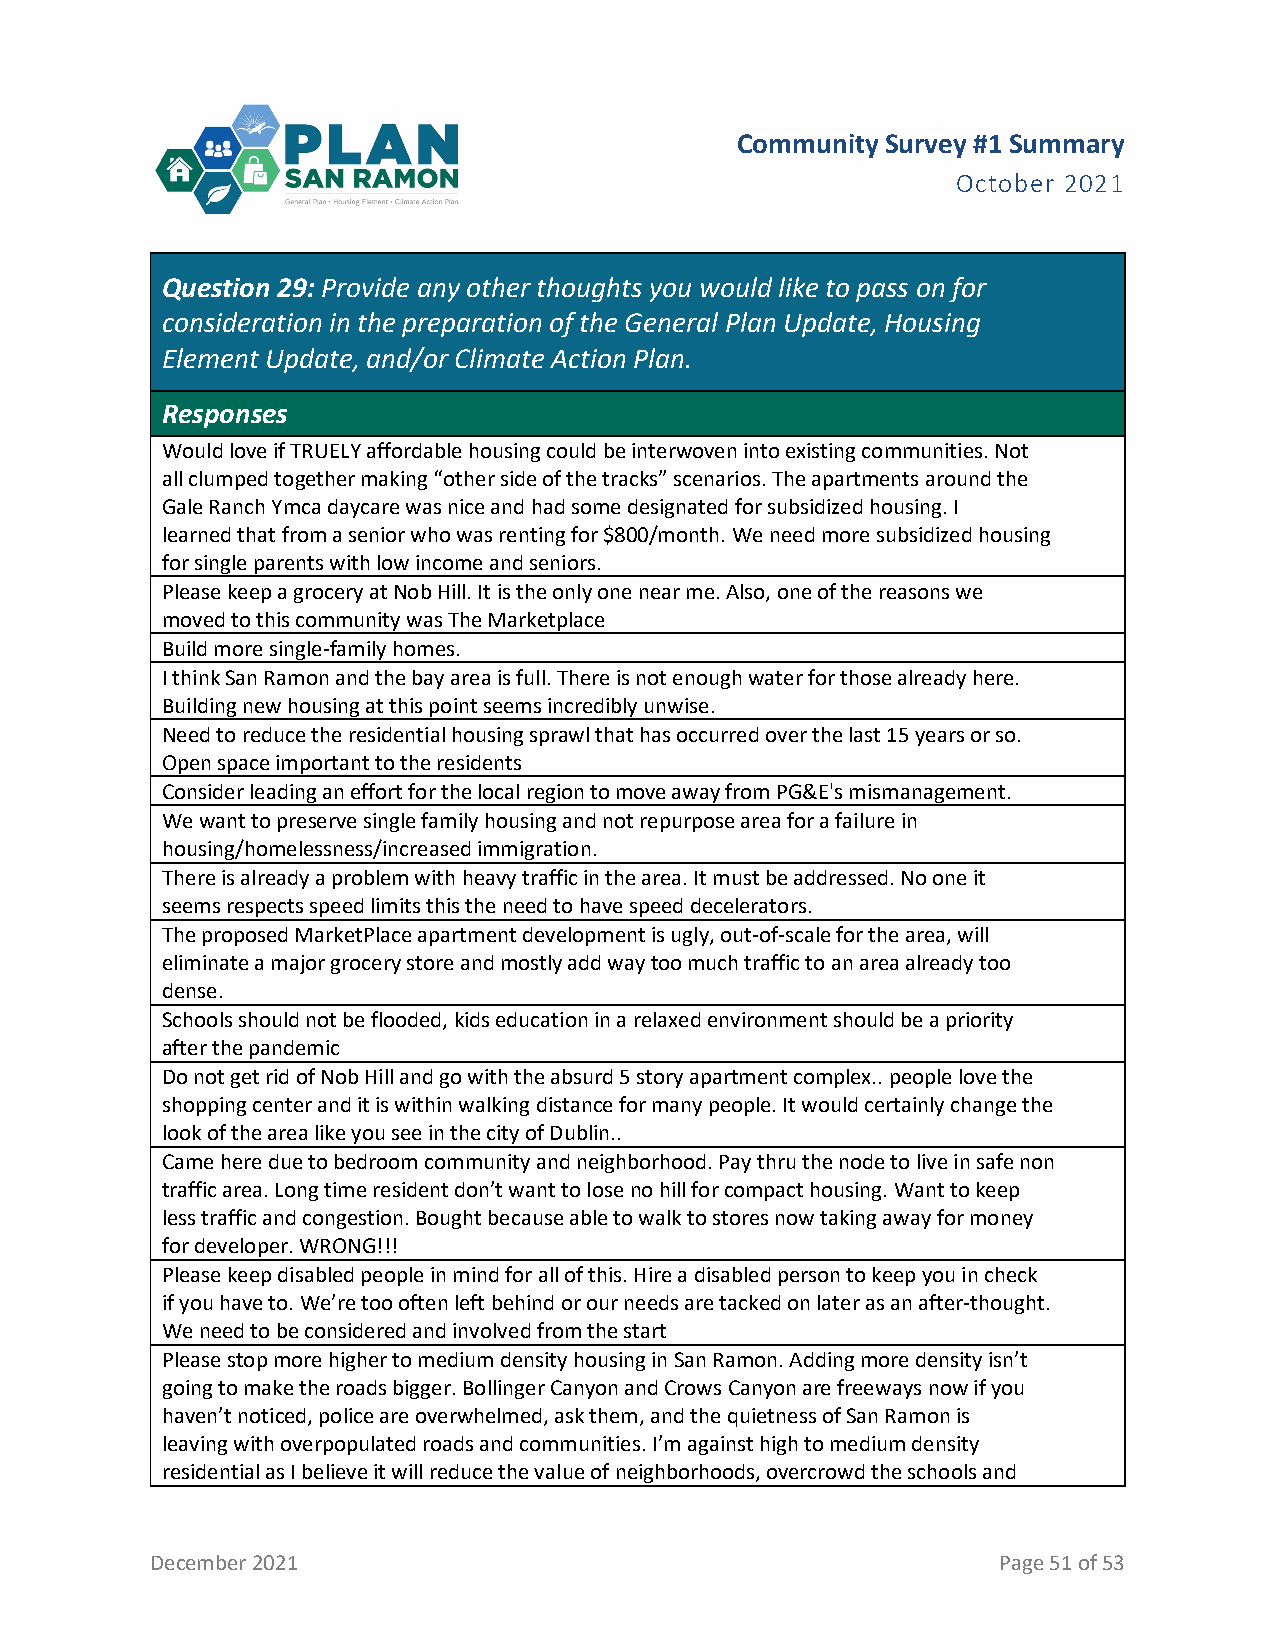
Community Survey #1 Summary
 October 2021
 Question 29: Provide any other thoughts you would like to pass on for
 consideration in the preparation of the General Plan Update, Housing
 Element Update, and/or Climate Action Plan.
 Responses
 Would love if TRUELY affordable housing could be interwoven into existing communities. Not
 all clumped together making “other side of the tracks” scenarios. The apartments around the
 Gale Ranch Ymca daycare was nice and had some designated for subsidized housing. I
 learned that from a senior who was renting for $800/month. We need more subsidized housing
 for single parents with low income and seniors.
 Please keep a grocery at Nob Hill. It is the only one near me. Also, one of the reasons we
 moved to this community was The Marketplace
 Build more single-family homes.
 I think San Ramon and the bay area is full. There is not enough water for those already here.
 Building new housing at this point seems incredibly unwise.
 Need to reduce the residential housing sprawl that has occurred over the last 15 years or so.
 Open space important to the residents
 Consider leading an effort for the local region to move away from PG&E's mismanagement.
 We want to preserve single family housing and not repurpose area for a failure in
 housing/homelessness/increased immigration.
 There is already a problem with heavy traffic in the area. It must be addressed. No one it
 seems respects speed limits this the need to have speed decelerators.
 The proposed MarketPlace apartment development is ugly, out-of-scale for the area, will
 eliminate a major grocery store and mostly add way too much traffic to an area already too
 dense.
 Schools should not be flooded, kids education in a relaxed environment should be a priority
 after the pandemic
 Do not get rid of Nob Hill and go with the absurd 5 story apartment complex.. people love the
 shopping center and it is within walking distance for many people. It would certainly change the
 look of the area like you see in the city of Dublin..
 Came here due to bedroom community and neighborhood. Pay thru the node to live in safe non
 traffic area. Long time resident don’t want to lose no hill for compact housing. Want to keep
 less traffic and congestion. Bought because able to walk to stores now taking away for money
 for developer. WRONG!!!
 Please keep disabled people in mind for all of this. Hire a disabled person to keep you in check
 if you have to. We’re too often left behind or our needs are tacked on later as an after-thought.
 We need to be considered and involved from the start
 Please stop more higher to medium density housing in San Ramon. Adding more density isn’t
 going to make the roads bigger. Bollinger Canyon and Crows Canyon are freeways now if you
 haven’t noticed, police are overwhelmed, ask them, and the quietness of San Ramon is
 leaving with overpopulated roads and communities. I’m against high to medium density
 residential as I believe it will reduce the value of neighborhoods, overcrowd the schools and
 December 2021                                           Page 51 of 53